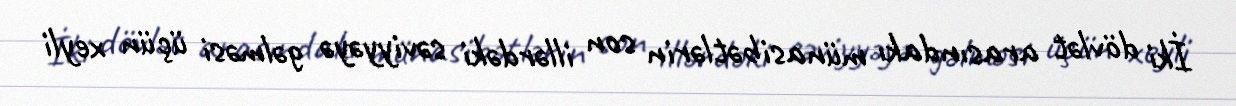
İki dövlət arasındakı münasibətlərin son illərdəki səviyyəyə gəlməsi üçün xeyli